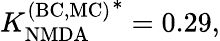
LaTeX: {K_{\mathrm{NMDA}}^{\mathrm{(BC,MC)}}}^{*}=0.29,